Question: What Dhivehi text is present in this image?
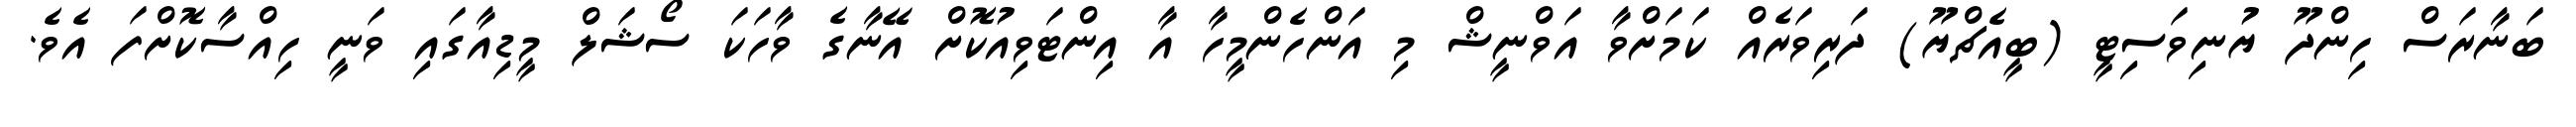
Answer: ބަނާރަސް ހިންދޫ ޔުނިވަސިޓީ (ބީއެޗްޔޫ) ދަރިވަރެއް ކަމަށްވާ އަވްނީޝް މި އަންހެންމީހާ އާ އިންޓަވިއުކޮށް އޭނާގެ ވާހަކަ ސޯޝަލް މީޑިއާގައި ވަނީ ހިއްސާކޮށްފަ އެވެ.